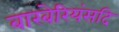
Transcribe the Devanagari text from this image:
बारबेरियंसदि